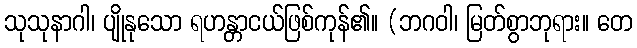
သုသုနာဂါ၊ ပျိုနုသော ရဟန္တာငယ်ဖြစ်ကုန်၏။ (ဘဂဝါ၊ မြတ်စွာဘုရား။ တေ